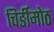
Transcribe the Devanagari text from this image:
चिर्ङीमोठ